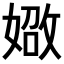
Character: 𪦐